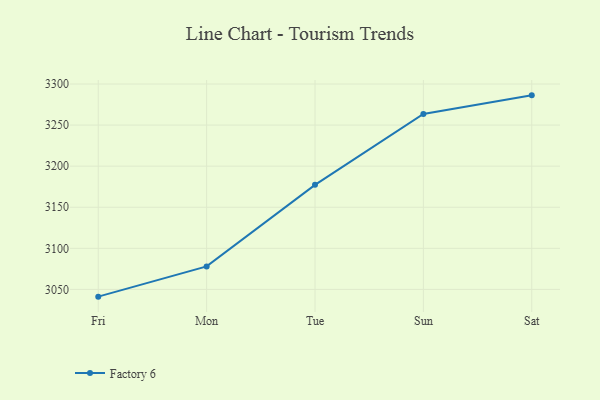
{"axis": {"x": "Day", "y": "Headcount"}, "legend": ["Factory 6"], "data": [{"x": "Fri", "y": 3041.2, "type": "Factory 6"}, {"x": "Mon", "y": 3078.0, "type": "Factory 6"}, {"x": "Tue", "y": 3177.3, "type": "Factory 6"}, {"x": "Sun", "y": 3263.5, "type": "Factory 6"}, {"x": "Sat", "y": 3286.2, "type": "Factory 6"}]}